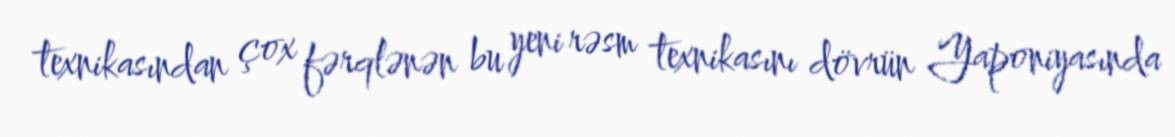
texnikasından çox fərqlənən bu yeni rəsm texnikasını dövrün Yaponiyasında